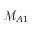
\mathcal { M } _ { A 1 }